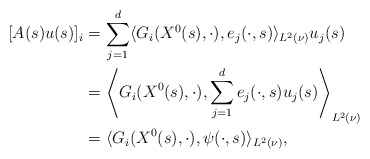
\begin{align*}\lbrack A(s)u(s)]_{i}& =\sum_{j=1}^{d}\langle G_{i}(X^{0}(s),\cdot),e_{j}(\cdot ,s)\rangle _{L^{2}(\nu )}u_{j}(s) \\& =\left\langle G_{i}(X^{0}(s),\cdot ),\sum_{j=1}^{d}e_{j}(\cdot,s)u_{j}(s)\right\rangle _{L^{2}(\nu )} \\& =\langle G_{i}(X^{0}(s),\cdot ),\psi (\cdot ,s)\rangle _{L^{2}(\nu )},\end{align*}